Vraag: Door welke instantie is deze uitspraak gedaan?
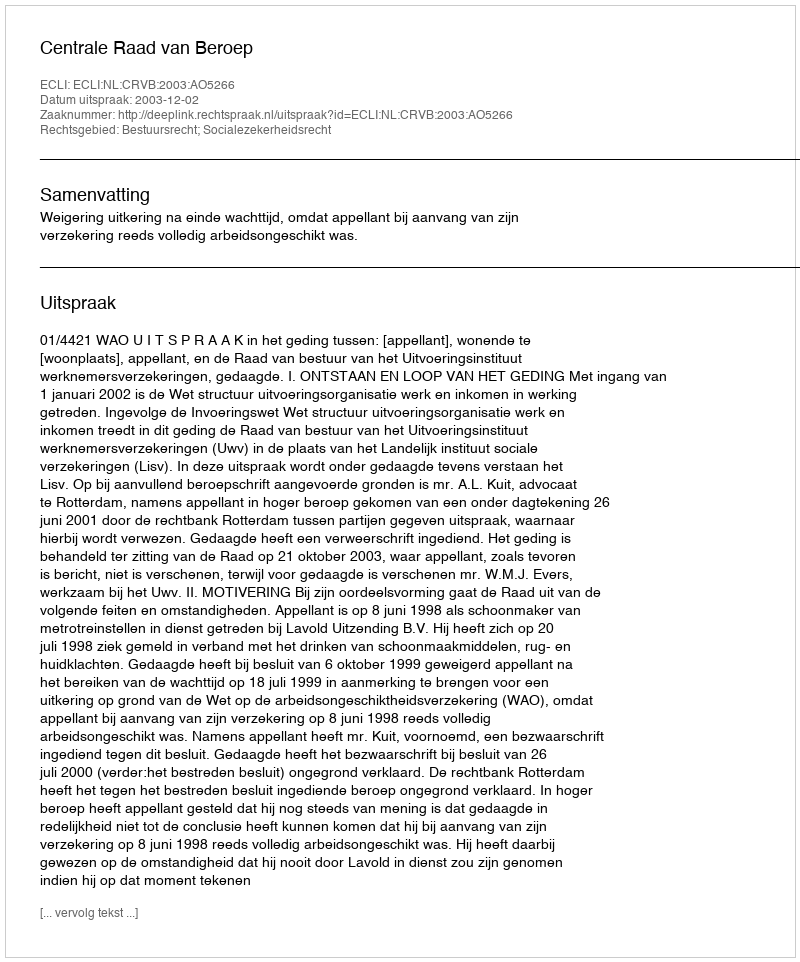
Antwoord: Centrale Raad van Beroep